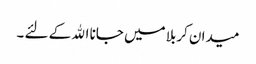
میدان کربلا میں جانا اﷲ کے لئے ۔